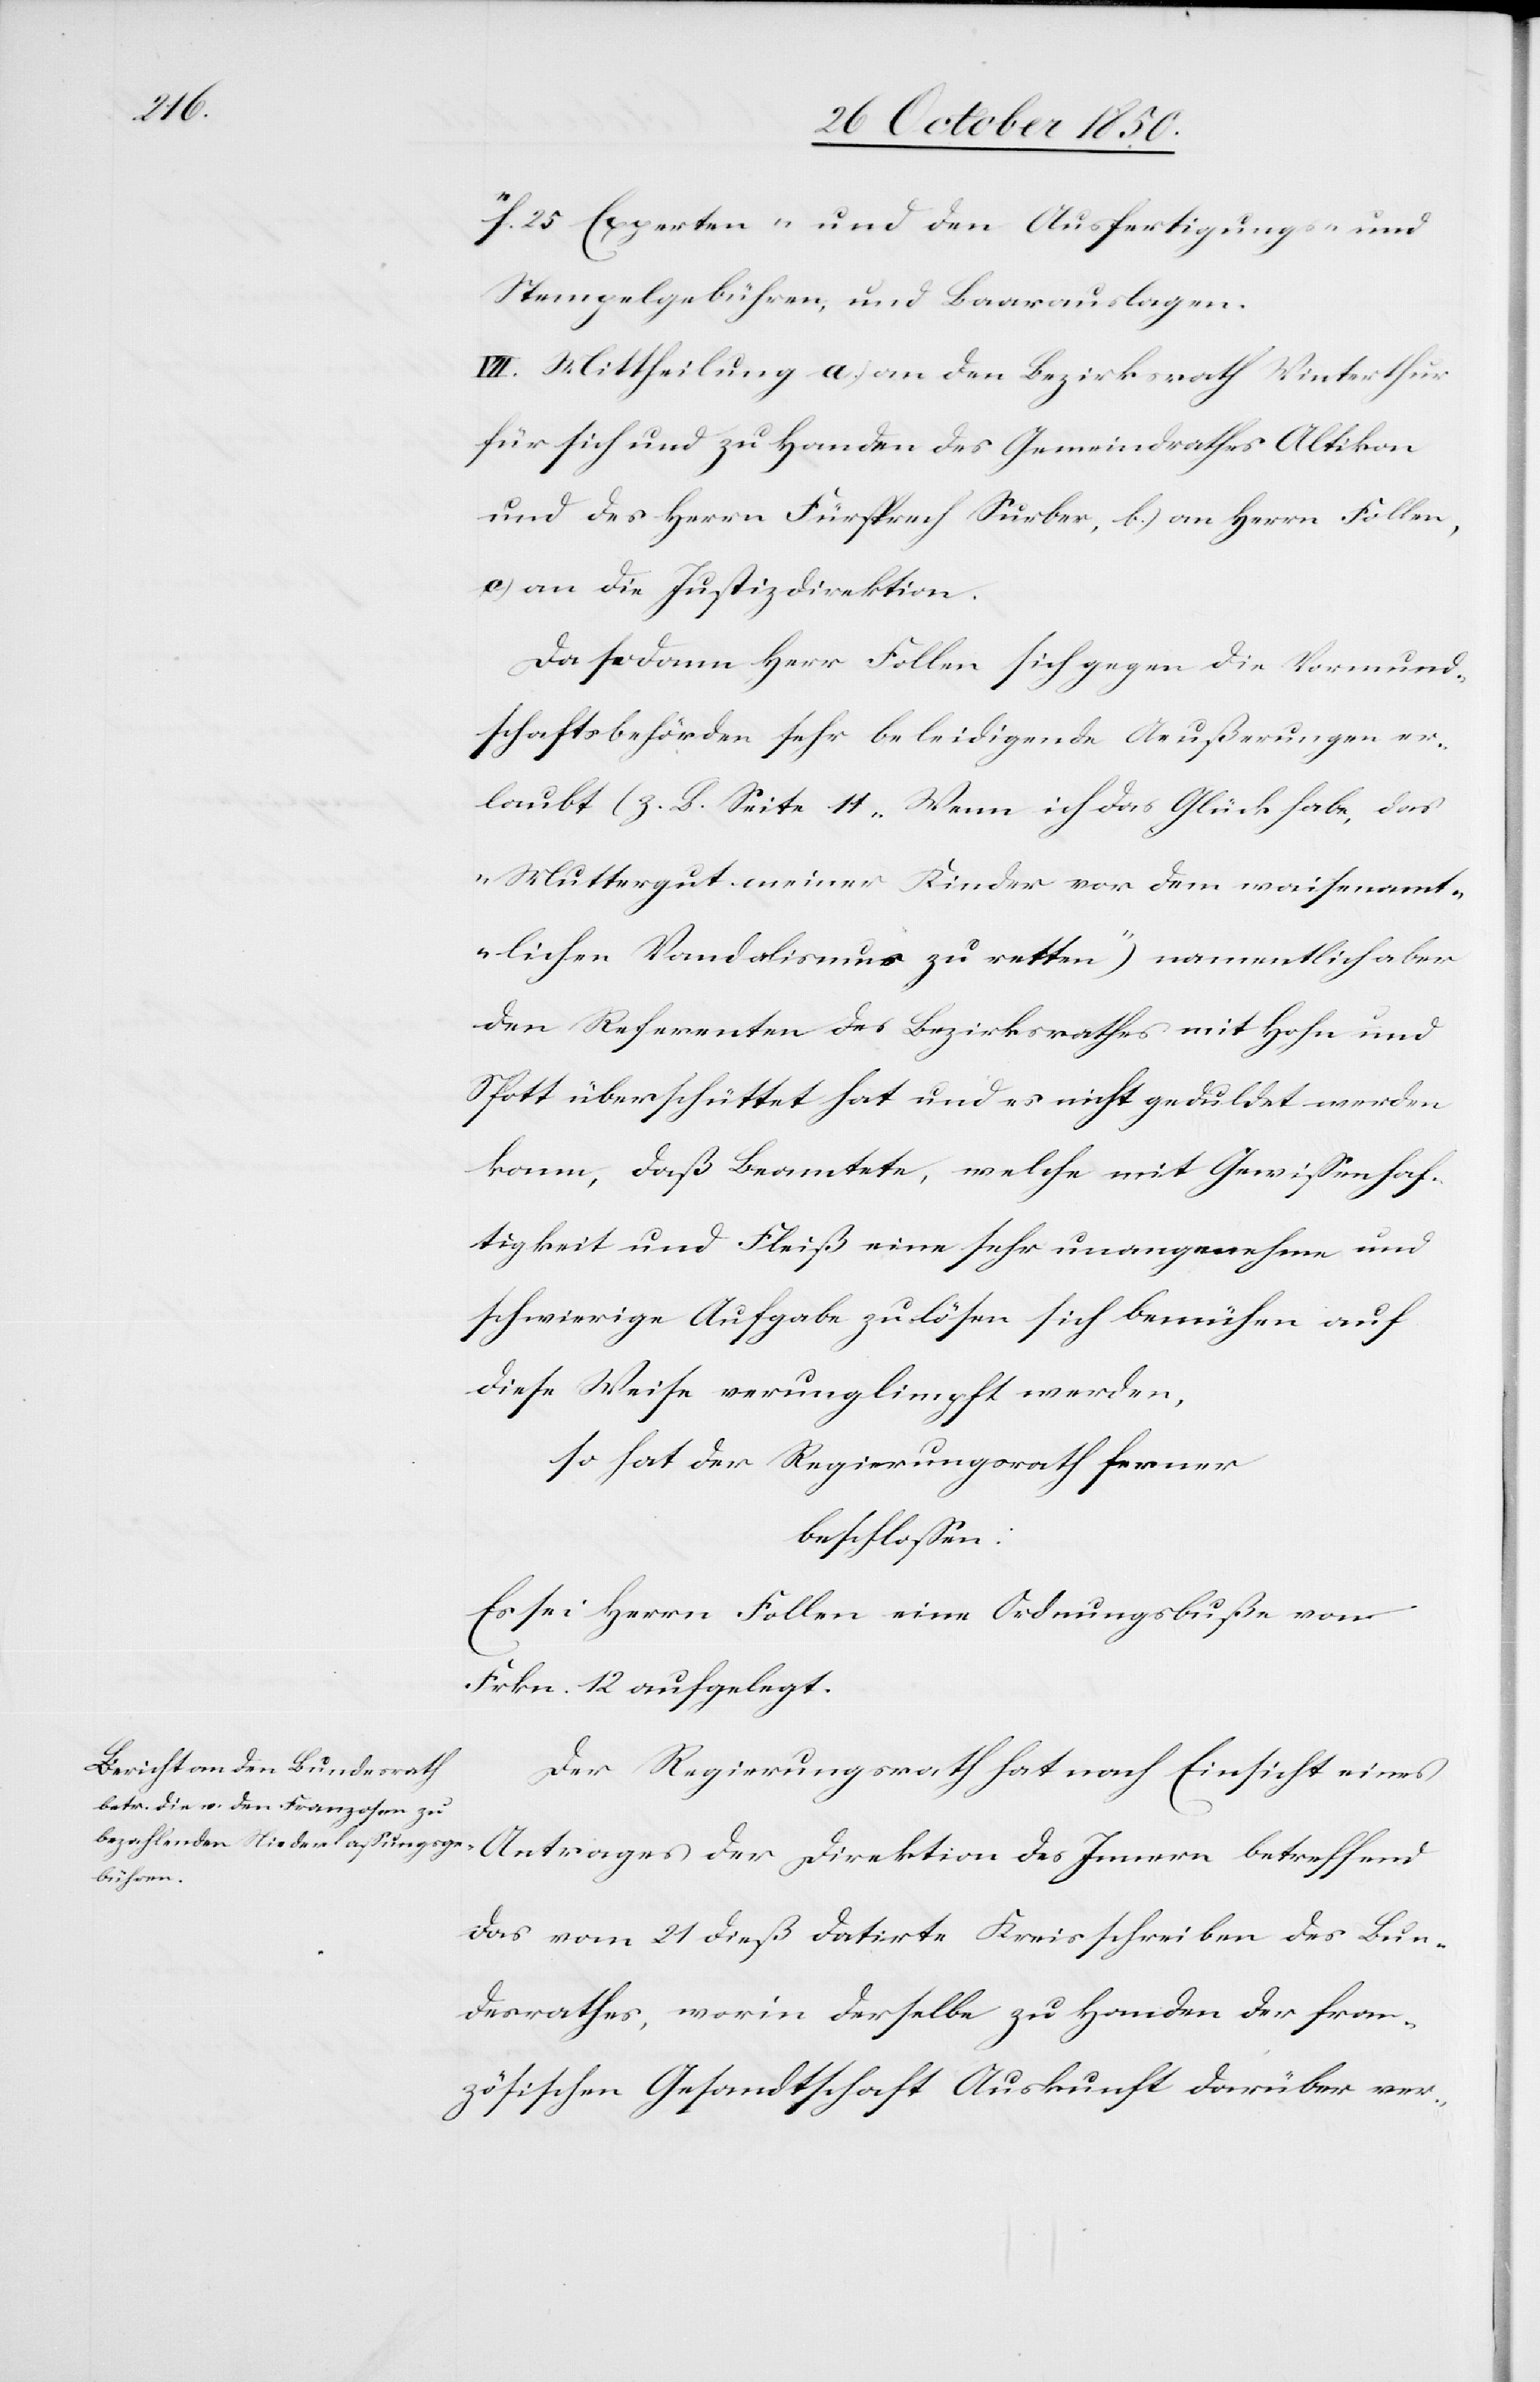
der

11f. 25 Experten- und den Ausfertigungs- und
Stempelgebühren, und Baarauslagen.
VII. Mittheilung a.) an den Bezirksrath Winterthur
für sich und zu Handen des Gemeindrathes Altikon
und des Herrn Fürsprech Surber, b.) an Herrn Follen,
c) an die Justizdirektion.
Da sodann Herr Follen sich gegen die Vormund¬
schaftsbehörden sehr beleidigende Aeußerungen er¬
laubt (z. B. Seite 11 „Wenn ich das Glück habe, das
Muttergut meiner Kinder vor dem waisenamt¬
lichen Vandalismus zu retten“) namentlich aber
den Referenten des Bezirksrathes mit Hohn und
Spott überschüttet hat und es nicht geduldet werden
kann, daß Beamtete, welche mit Gewißenhaf¬
tigkeit und Fleiß eine sehr unangenehme und
schwierige Aufgabe zu lösen sich bemühen auf
diese Weise verunglimpft werden,
so hat der Regierungsrath ferner
beschlossen:
Es sei Herrn Follen eine Ordnungsbuße von
Frkn. 12 aufgelegt.
Der Regierungsrath hat nach Einsicht eines
ffend
das vom 21 dieß datirte Kreisschreiben des Bun¬
desrathes, worin derselbe zu Handen der fran¬
zösischen Gesandtschaft Auskunft darüber ver-